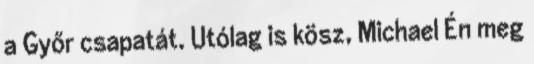
a Győr csapatát. Utólag is kösz, Michael Én meg